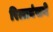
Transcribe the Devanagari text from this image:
रिलायंसने